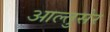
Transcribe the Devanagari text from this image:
आल्तुसेर